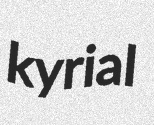
kyrial